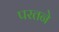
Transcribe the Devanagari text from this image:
परतने